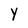
Character: Y